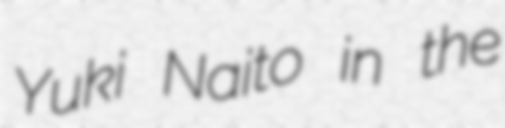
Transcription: Yuki Naito in the